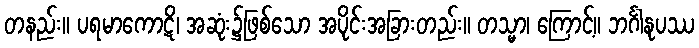
တနည်း။ ပရမာကောဋိ၊ အဆုံး၌ဖြစ်သော အပိုင်းအခြားတည်း။ တသ္မာ၊ ကြောင့်။ ဘင်္ဂါနုပဿ